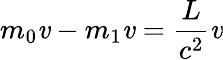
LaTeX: m_{0}\mathit{v}-m_{1}\mathit{v}=\frac{{L}}{{c^{2}}}\mathit{v}